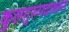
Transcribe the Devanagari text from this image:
कुलगुरुपदावरून